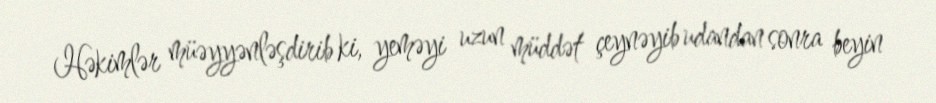
Həkimlər müəyyənləşdirib ki, yeməyi uzun müddət çeynəyib udandan sonra beyin